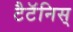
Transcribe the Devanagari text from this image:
टैटॅनिस्